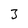
Character: 3